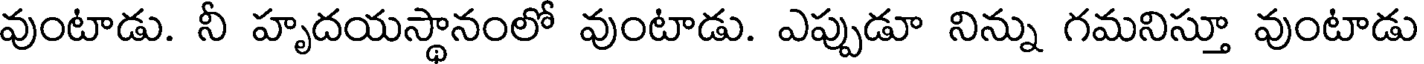
వుంటాడు. నీ హృదయస్థానంలో వుంటాడు. ఎప్పుడూ నిన్ను గమనిస్తూ వుంటాడు